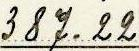
387.22